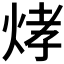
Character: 𤉗